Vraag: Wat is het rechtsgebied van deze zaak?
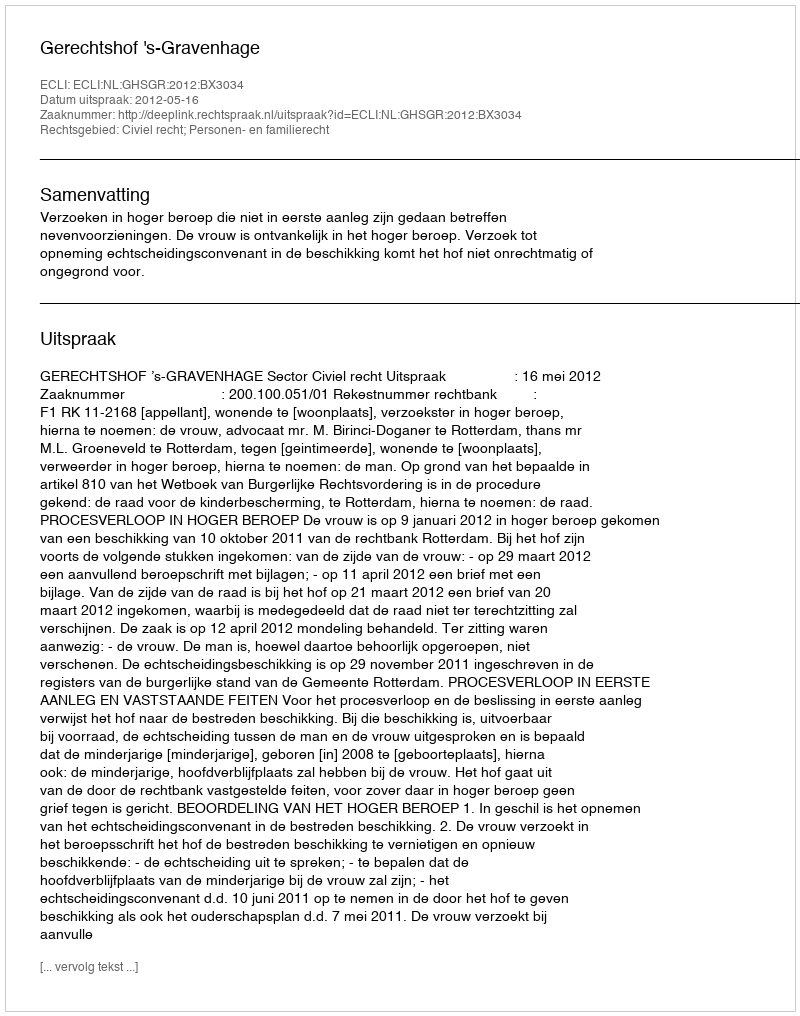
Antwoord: Civiel recht; Personen- en familierecht